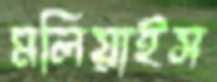
মলিয়াইস